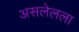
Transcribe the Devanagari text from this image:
असलेलला